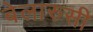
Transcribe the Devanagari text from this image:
बेलारुसी